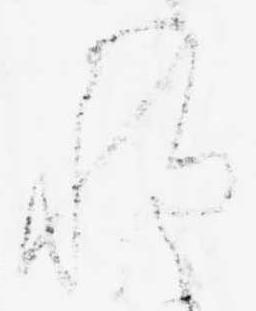
程